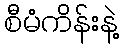
စီမံကိန်းနဲ့